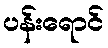
ပန်းရောင်